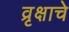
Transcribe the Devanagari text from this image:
व्रृक्षाचे